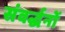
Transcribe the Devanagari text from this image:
संवर्द्धनों